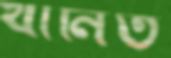
খানিত